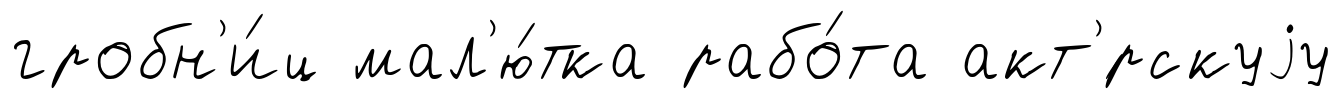
гробн'и́ц мал'ю́тка рабо́та акт'́рскуjу